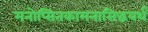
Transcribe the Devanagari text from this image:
मनोप्सितकामनासिद्धयर्थं